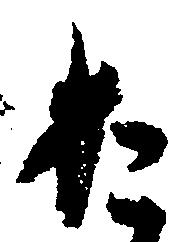
お